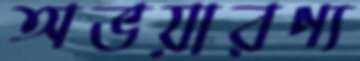
অভয়ারণ্য